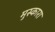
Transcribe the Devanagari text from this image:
मुस्कारा